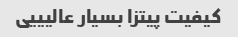
کیفیت پیتزا بسیار عالیییی